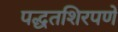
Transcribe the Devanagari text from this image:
पद्धतशिरपणे